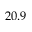
2 0 . 9